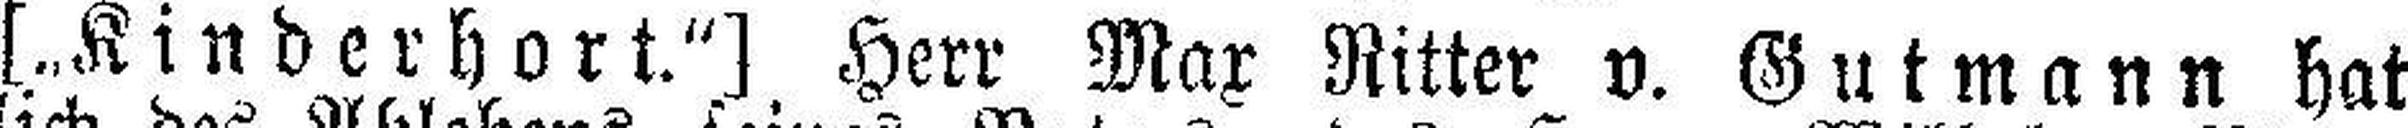
[„Kinderhort.“] Herr Max Ritter v. Gutmann hat